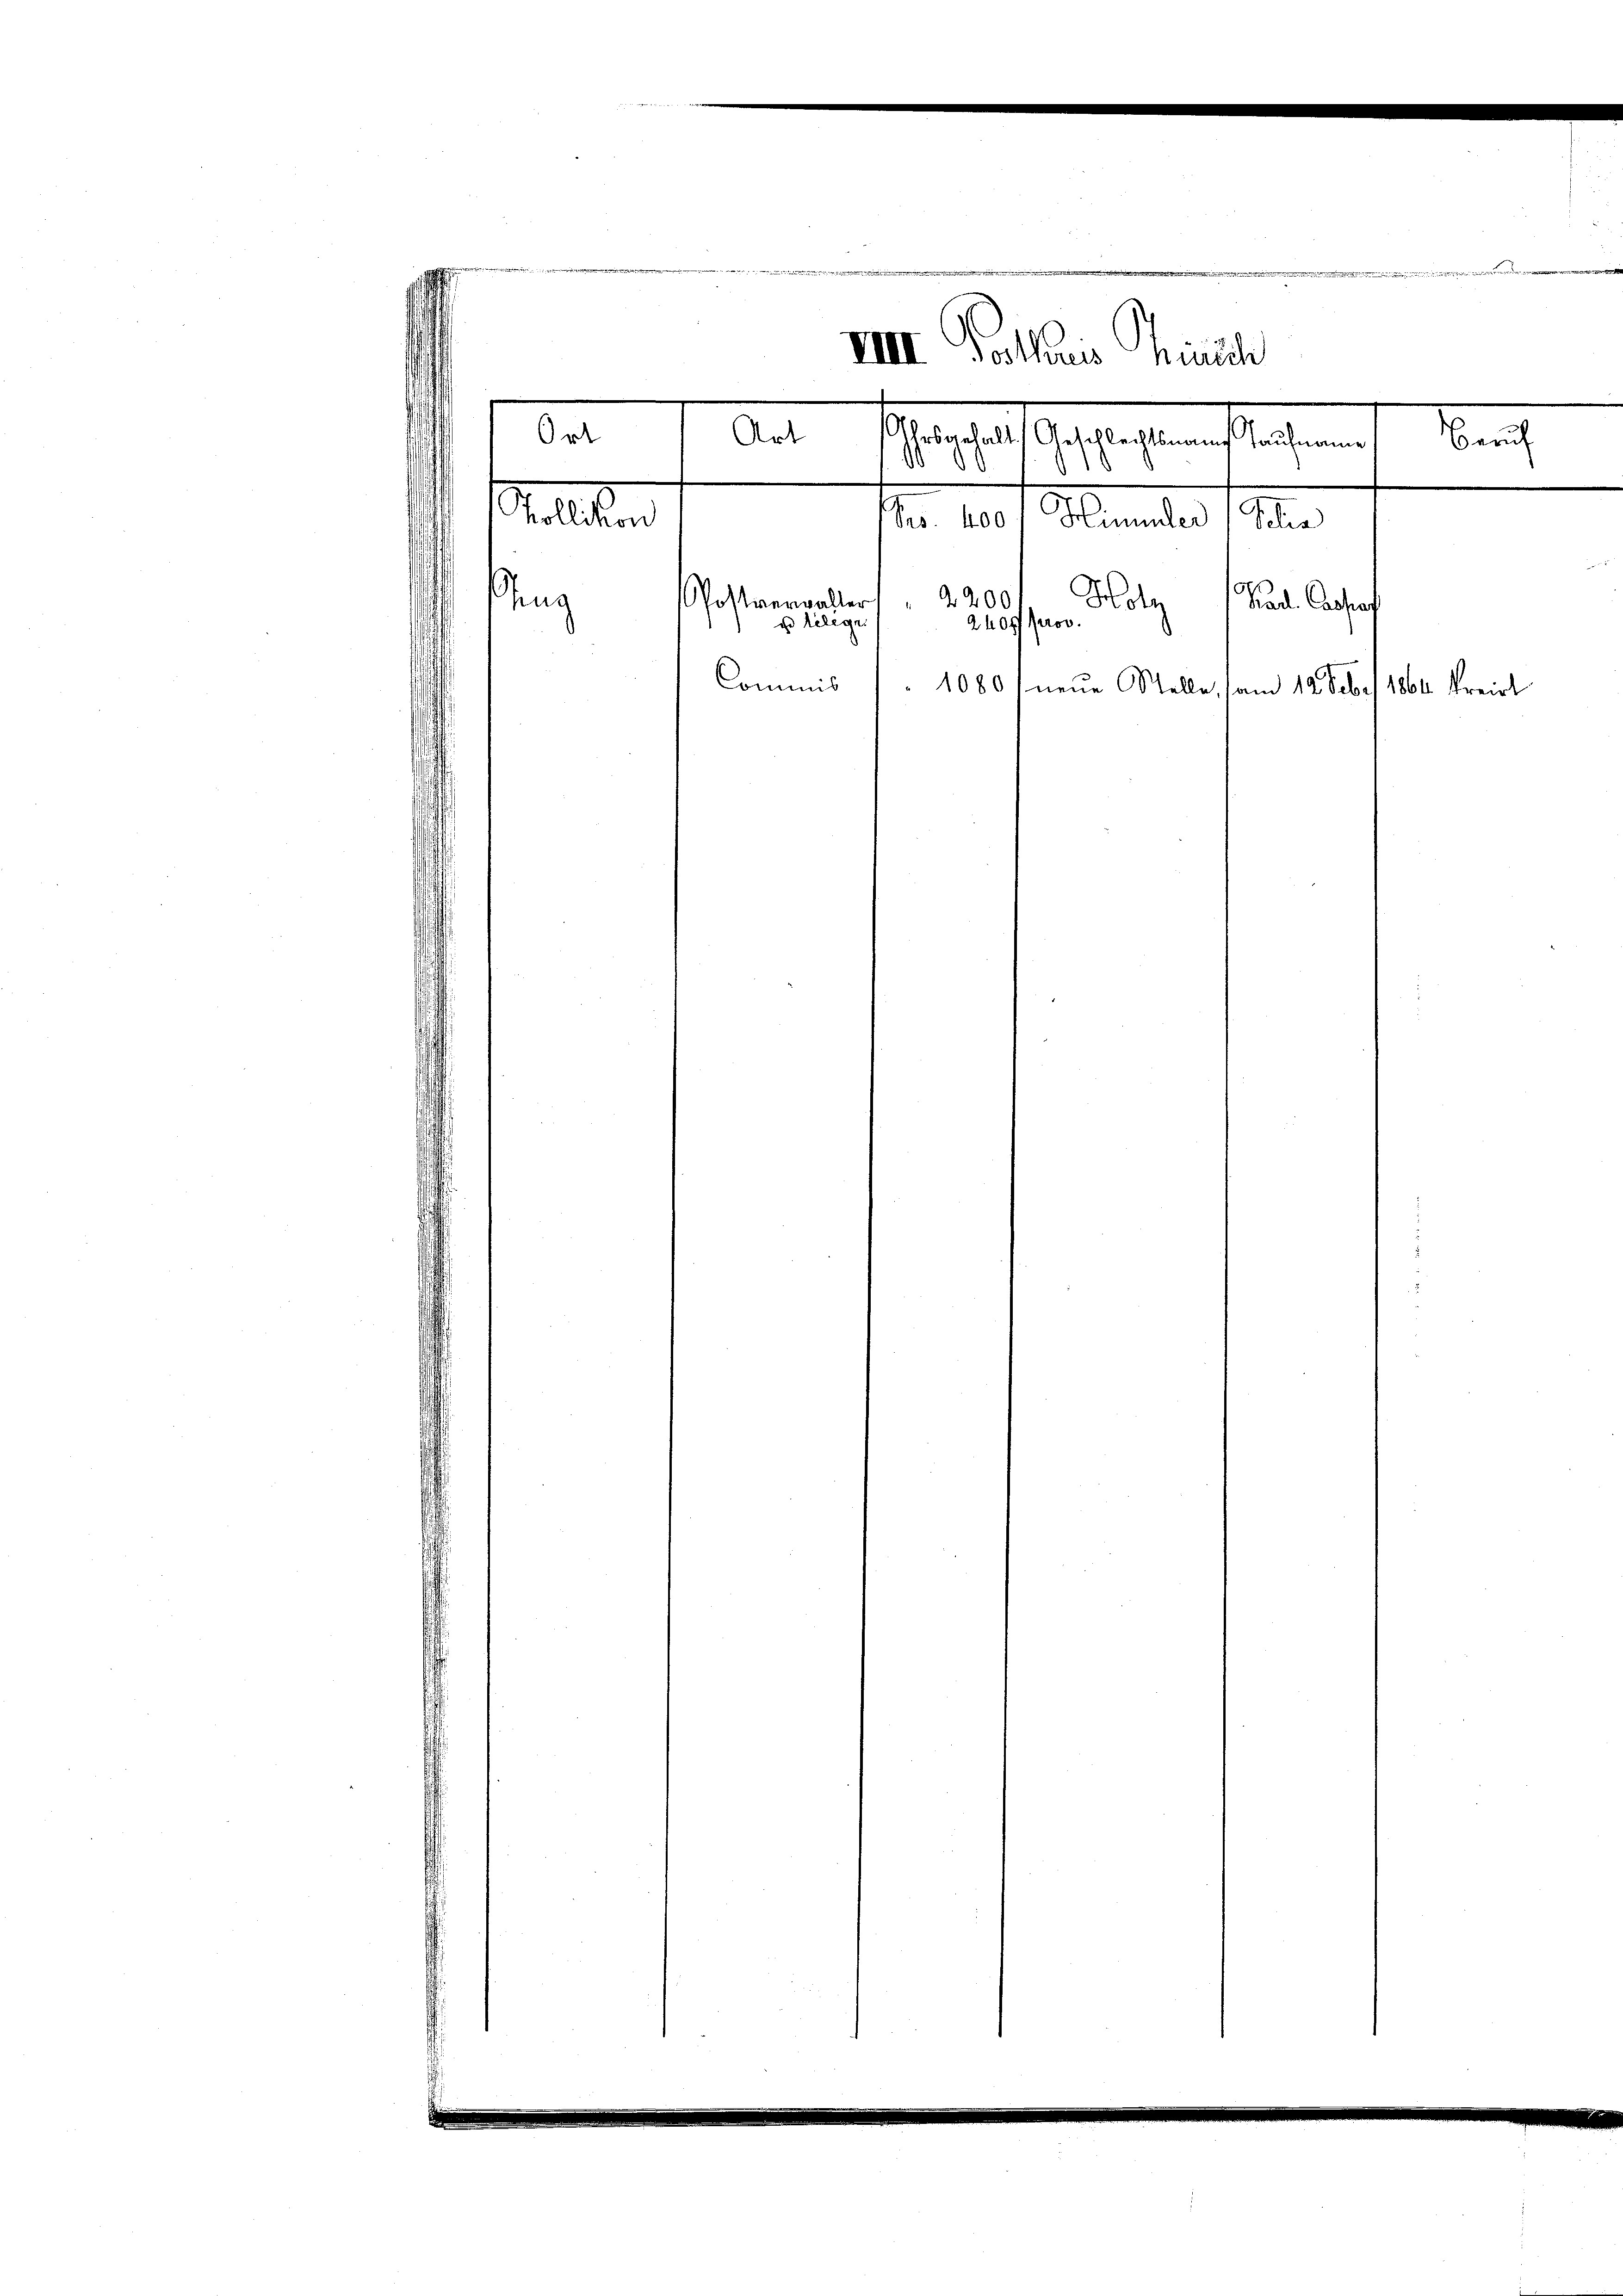
Stellten

g
VIII. Gotharis hinsch
Ort
Art
n
Gestalt gestehentlichenen
Ses. 400 f Himmler Poli
2200
ostverwaller
hug
Holz (Kad. Cassag
u telegr
240ff prov.
Commis
1080. neue Stelle, am 12. Febr. 1864 kreist

B